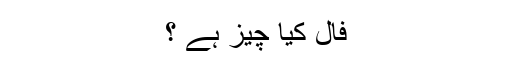
فال کیا چیز ہے ؟